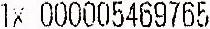
1X 000005469765